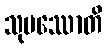
သုပဿောတိ